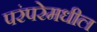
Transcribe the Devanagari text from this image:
परंपरेमधील